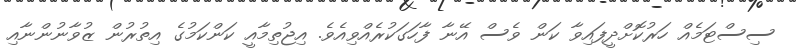
ސިސްޓަމެއް ހަރުކޮށްދީފައިވާ ކަން ވެސް އޭނާ ފާހަގަކުރެއްވިއެވެ. އިޖުތިމާއީ ކަންކަމުގެ އިތުރުން ޒުވާނުންނާއި